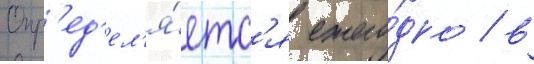
Опр'ед'ел'я́етс'я ежего́дно / в